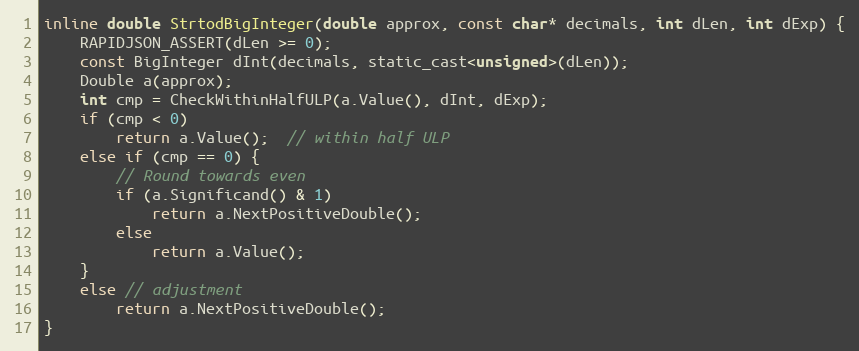
Language: C
inline double StrtodBigInteger(double approx, const char* decimals, int dLen, int dExp) {
    RAPIDJSON_ASSERT(dLen >= 0);
    const BigInteger dInt(decimals, static_cast<unsigned>(dLen));
    Double a(approx);
    int cmp = CheckWithinHalfULP(a.Value(), dInt, dExp);
    if (cmp < 0)
        return a.Value();  // within half ULP
    else if (cmp == 0) {
        // Round towards even
        if (a.Significand() & 1)
            return a.NextPositiveDouble();
        else
            return a.Value();
    }
    else // adjustment
        return a.NextPositiveDouble();
}